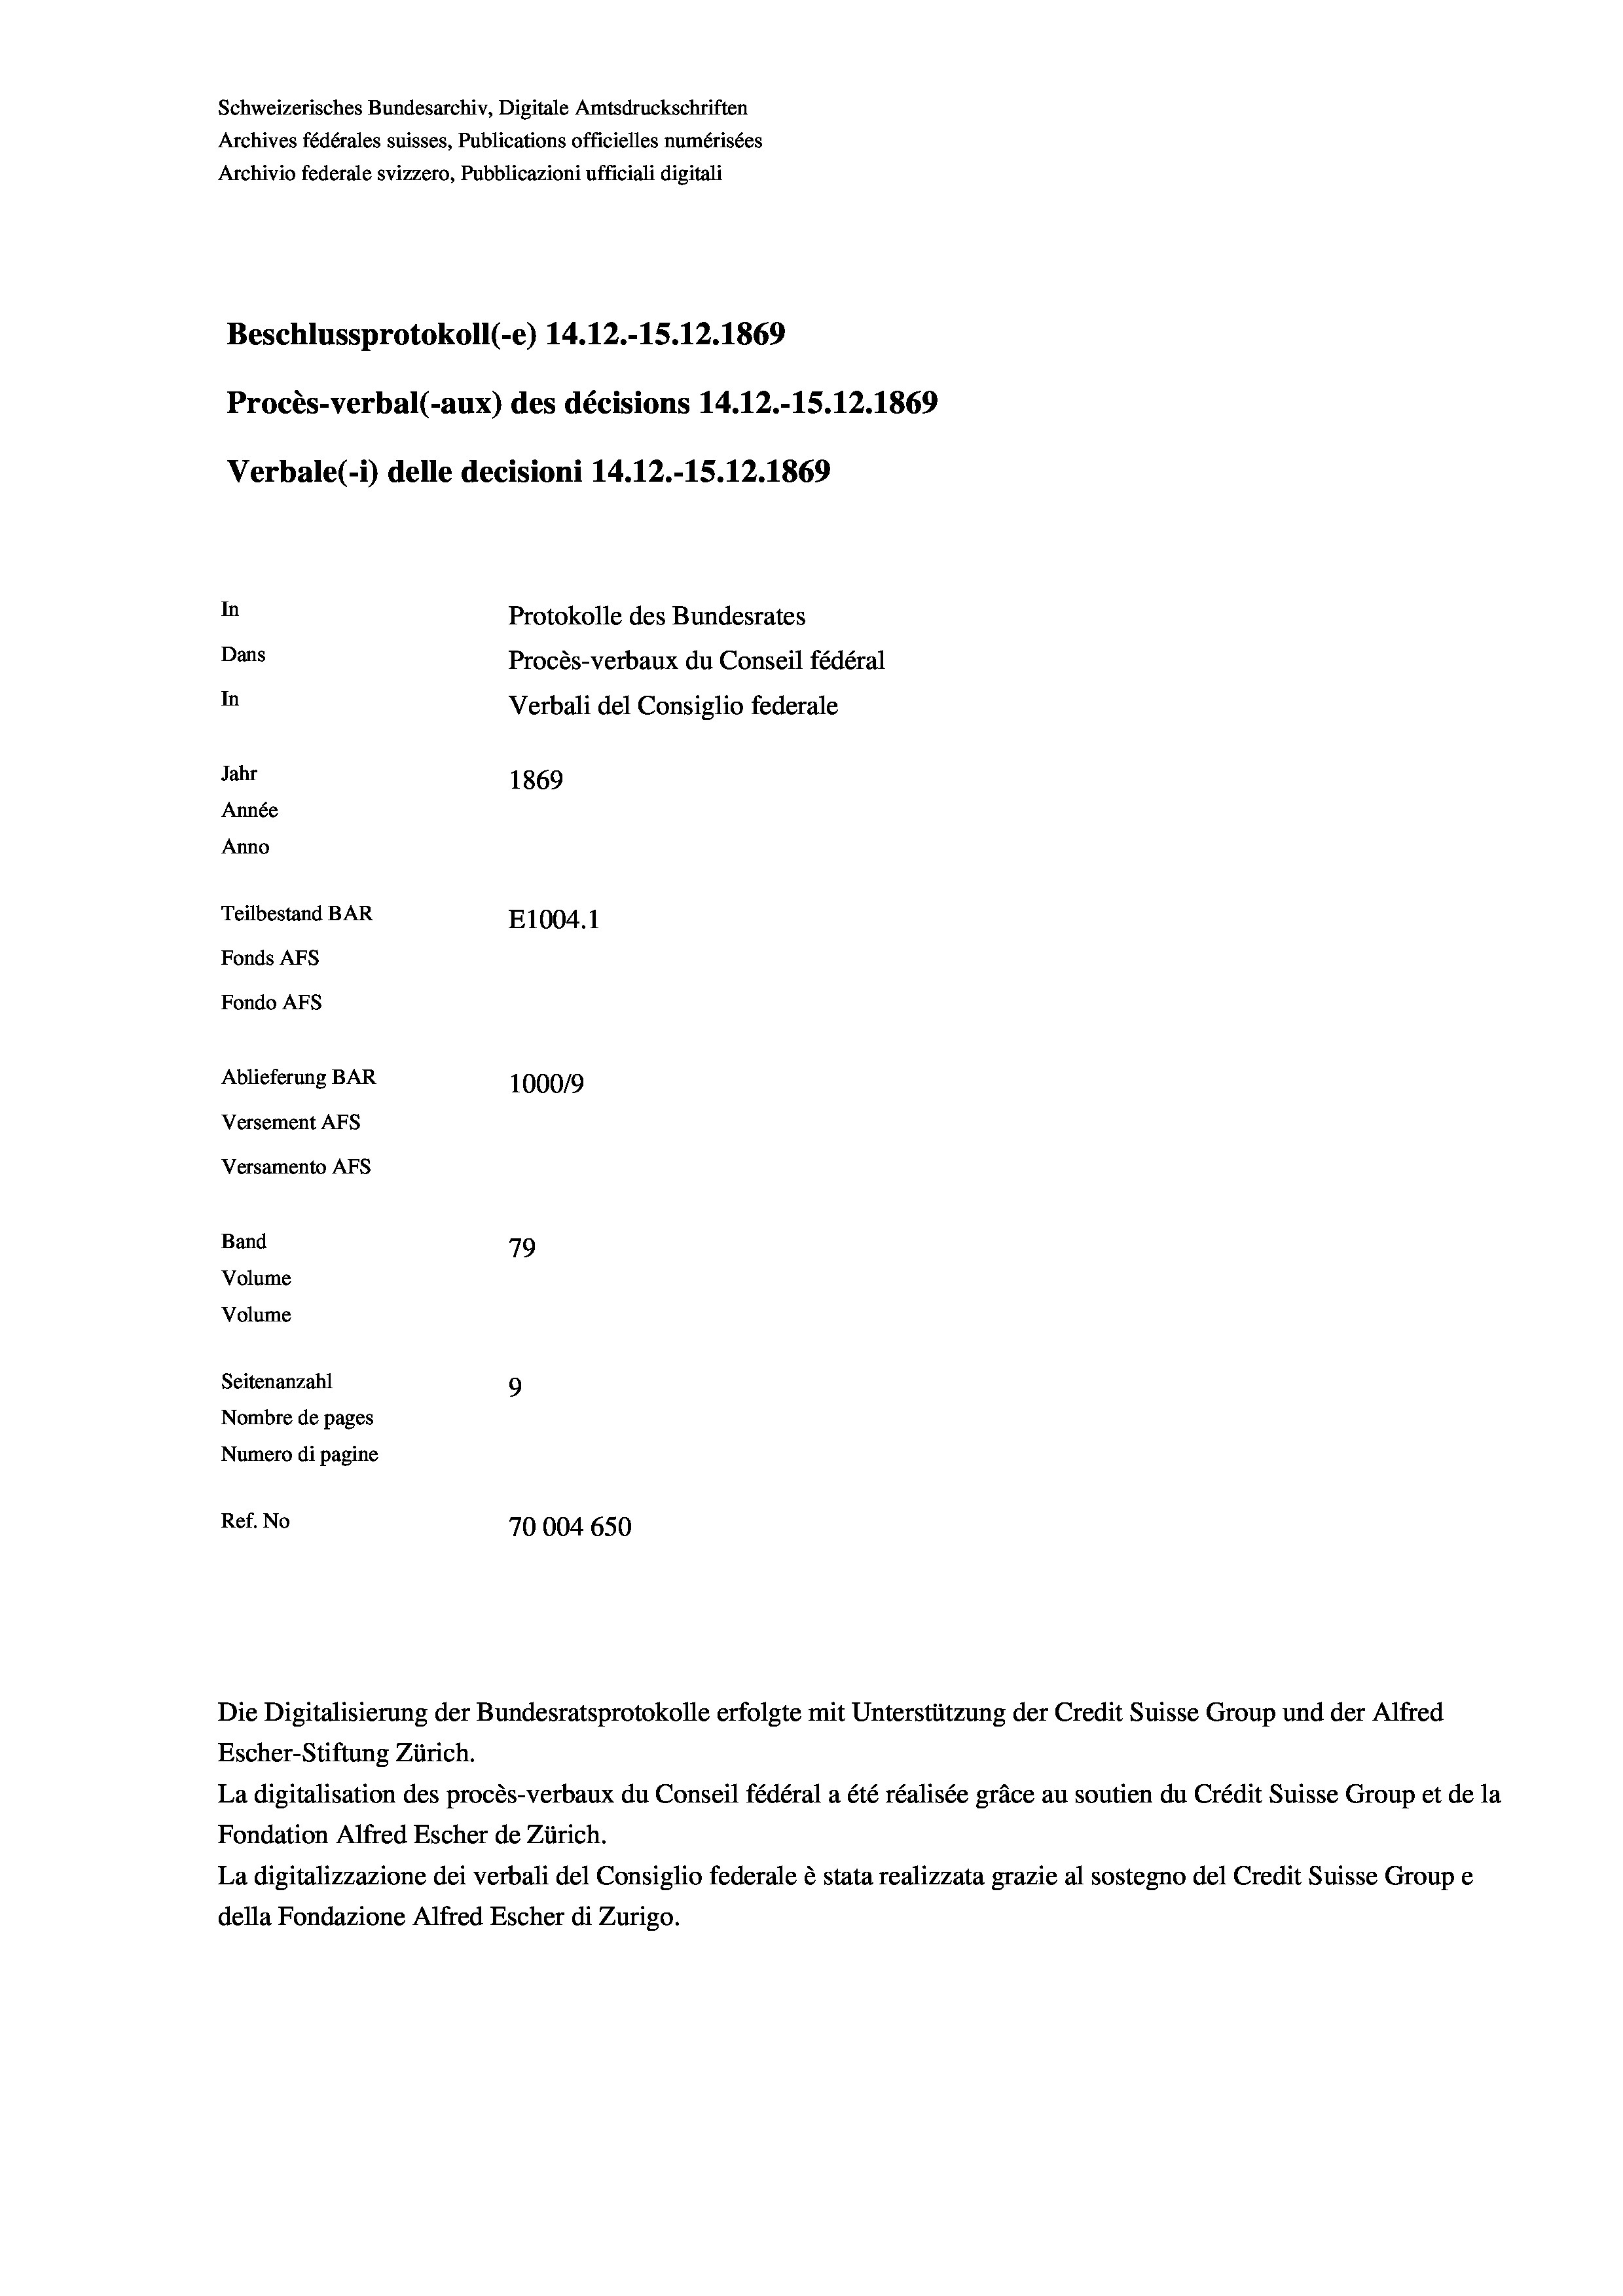
Schweizerisches Bundesarchiv, Digitale Amtsdruckschriften
Archives fédérales suisses, Publications officielles numérisées
Archivio federale svizzero, Pubblicazioni ufficiali digitali
Beschlussprotokoll (-e) 14.12.-15.12.1869
Procès-verbal (-aux) des décisions 14.12.-15.12.1869
Verbale(-*) delle decisioni 14.12.-15. 12. 1869
In
Protokolle des Bundesrates
Dans
Procès-verbaux du Conseil fédéral
In
Verbali del Consiglio federale
Jahr
1869
Année
Anno
Teilbestand BAR
E1004.1
Fonds AFs
Fondo AFs
Ablieferung BAR
1000/9
Versement As
Versamento AFs
Band
79
Volume
Volume
Seitenanzahl
9
Nombre de pages
Numero di pagine
Ref. No
70004 650

Escher-Stiftung Zürich.
La digitalisation des procès-verbaux du Conseil fédéral a été réalisée gräce au soutien du Crédit Suisse Group et de la
Fondation Alfred Escher de Zürich.
La digitalizzazione dei verbali del Consiglio federale è stata realizzata grazie al sostegno del Credit Suisse Groupe
della Fondazione Alfred Escher di Zurigo.

Die Digitalisierung der Bundesratsprotokolle erfolgte mit Unterstützung der Credit Suisse Group und der Alfred